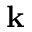
\textbf { k }